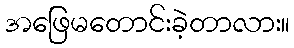
အဖြေမတောင်းခဲ့တာလား။